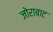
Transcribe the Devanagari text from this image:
जोराबाट